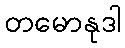
တမောနုဒါ